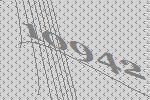
10942